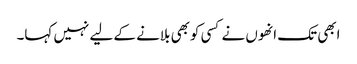
ابھی تک انھوں نے کسی کوبھی بلانے کے لیے نہیں کہا۔